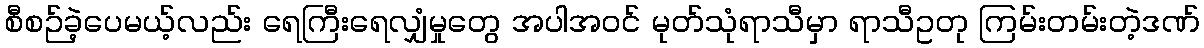
စီစဉ်ခဲ့ပေမယ့်လည်း ရေကြီးရေလျှံမှုတွေ အပါအဝင် မုတ်သုံရာသီမှာ ရာသီဥတု ကြမ်းတမ်းတဲ့ဒဏ်